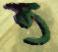
ত